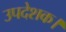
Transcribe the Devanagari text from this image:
उपदेशक।